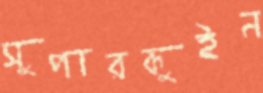
সুপারকুইন